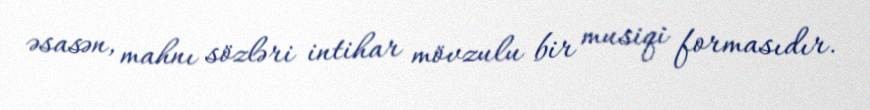
əsasən, mahnı sözləri intihar mövzulu bir musiqi formasıdır.